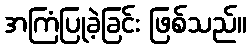
အကြံပြုခဲ့ခြင်း ဖြစ်သည်။